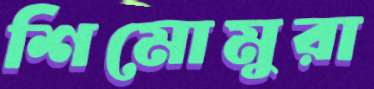
শিমোমুরা